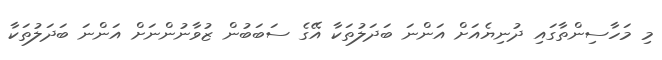
މި މަހާސިންތާގައި ދުނިޔެއަށް އަންނަ ބަދަލުތަކާ އޭގެ ސަބަބުން ޒުވާނުންނަށް އަންނަ ބަދަލުތަކާ